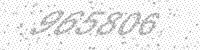
Solution: 965806